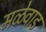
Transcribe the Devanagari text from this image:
मळेवाड